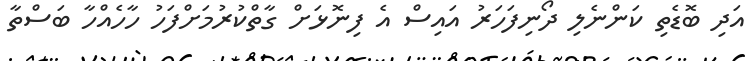
އަދި ބޮޑެތި ކަންނެލި ދޯނިފަހަރު އައިސް އެ ފިނޮޅަށް ގާތްކުރުމަށްފަހު ހާހެއްހާ ބަސްތާ